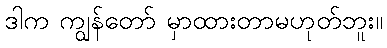
ဒါက ကျွန်တော် မှာထားတာမဟုတ်ဘူး။